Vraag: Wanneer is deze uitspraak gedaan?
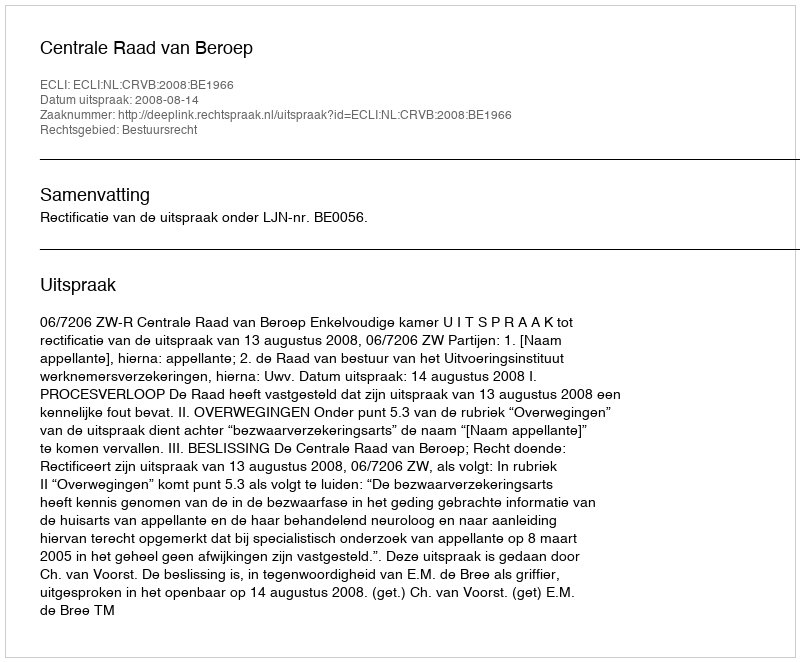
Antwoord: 2008-08-14